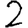
Digit: 2